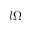
l \Omega